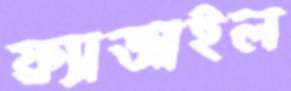
ফ্র্যাজাইল